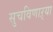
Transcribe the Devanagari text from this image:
सुचविणाऱ्या